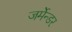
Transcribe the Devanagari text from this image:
जर्मेन्डर